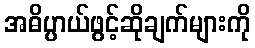
အဓိပ္ပာယ်ဖွင့်ဆိုချက်များကို